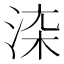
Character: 𱦙